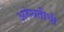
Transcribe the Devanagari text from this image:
अरुंधतीची